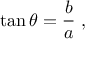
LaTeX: \tan \theta = { \frac { b } { a } } \ ,